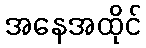
အနေအထိုင်